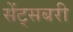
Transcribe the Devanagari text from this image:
सेंट्सबरी